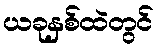
ယခုနှစ်ထဲတွင်